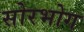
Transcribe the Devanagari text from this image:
सोरभोग